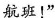
航班！”